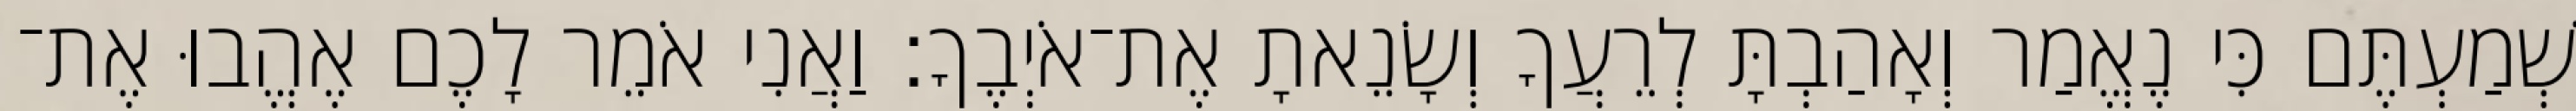
שְׁמַעְתֶּם כִּי נֶאֱמַר וְאָהַבְתָּ לְרֵעֲךָ וְשָׂנֵאתָ אֶת־אֹיְבֶךָ׃ וַאֲנִי אֹמֵר לָכֶם אֶהֱבוּ אֶת־